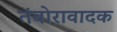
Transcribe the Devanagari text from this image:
तंबोरावादक